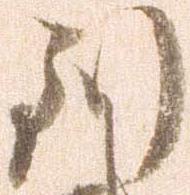
到